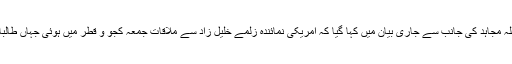
طالبان کے ترجمان ذیبح اللہ مجاہد کی جانب سے جاری بیان میں کہا گیا کہ امریکی نمائندہ زلمے خلیل زاد سے ملاقات جمعہ کجو و قطر میں ہوئی جہاں طالبان کا سیاسی دفتر قائم ہے۔